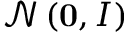
\mathcal { N } \left( \mathbf { 0 } , \boldsymbol { I } \right)